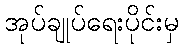
အုပ်ချုပ်ရေးပိုင်းမှ